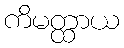
ကိမတ္ထာယ